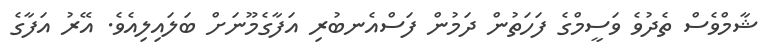
ޝާމްވެސް ތެދުވެ ވަސީމްގެ ފަހަތުން ދަމުން ފަސްއެނބުރި އަފާގެމޫނަށް ބަލައިލިއެވެ. އޭރު އަފާގެ